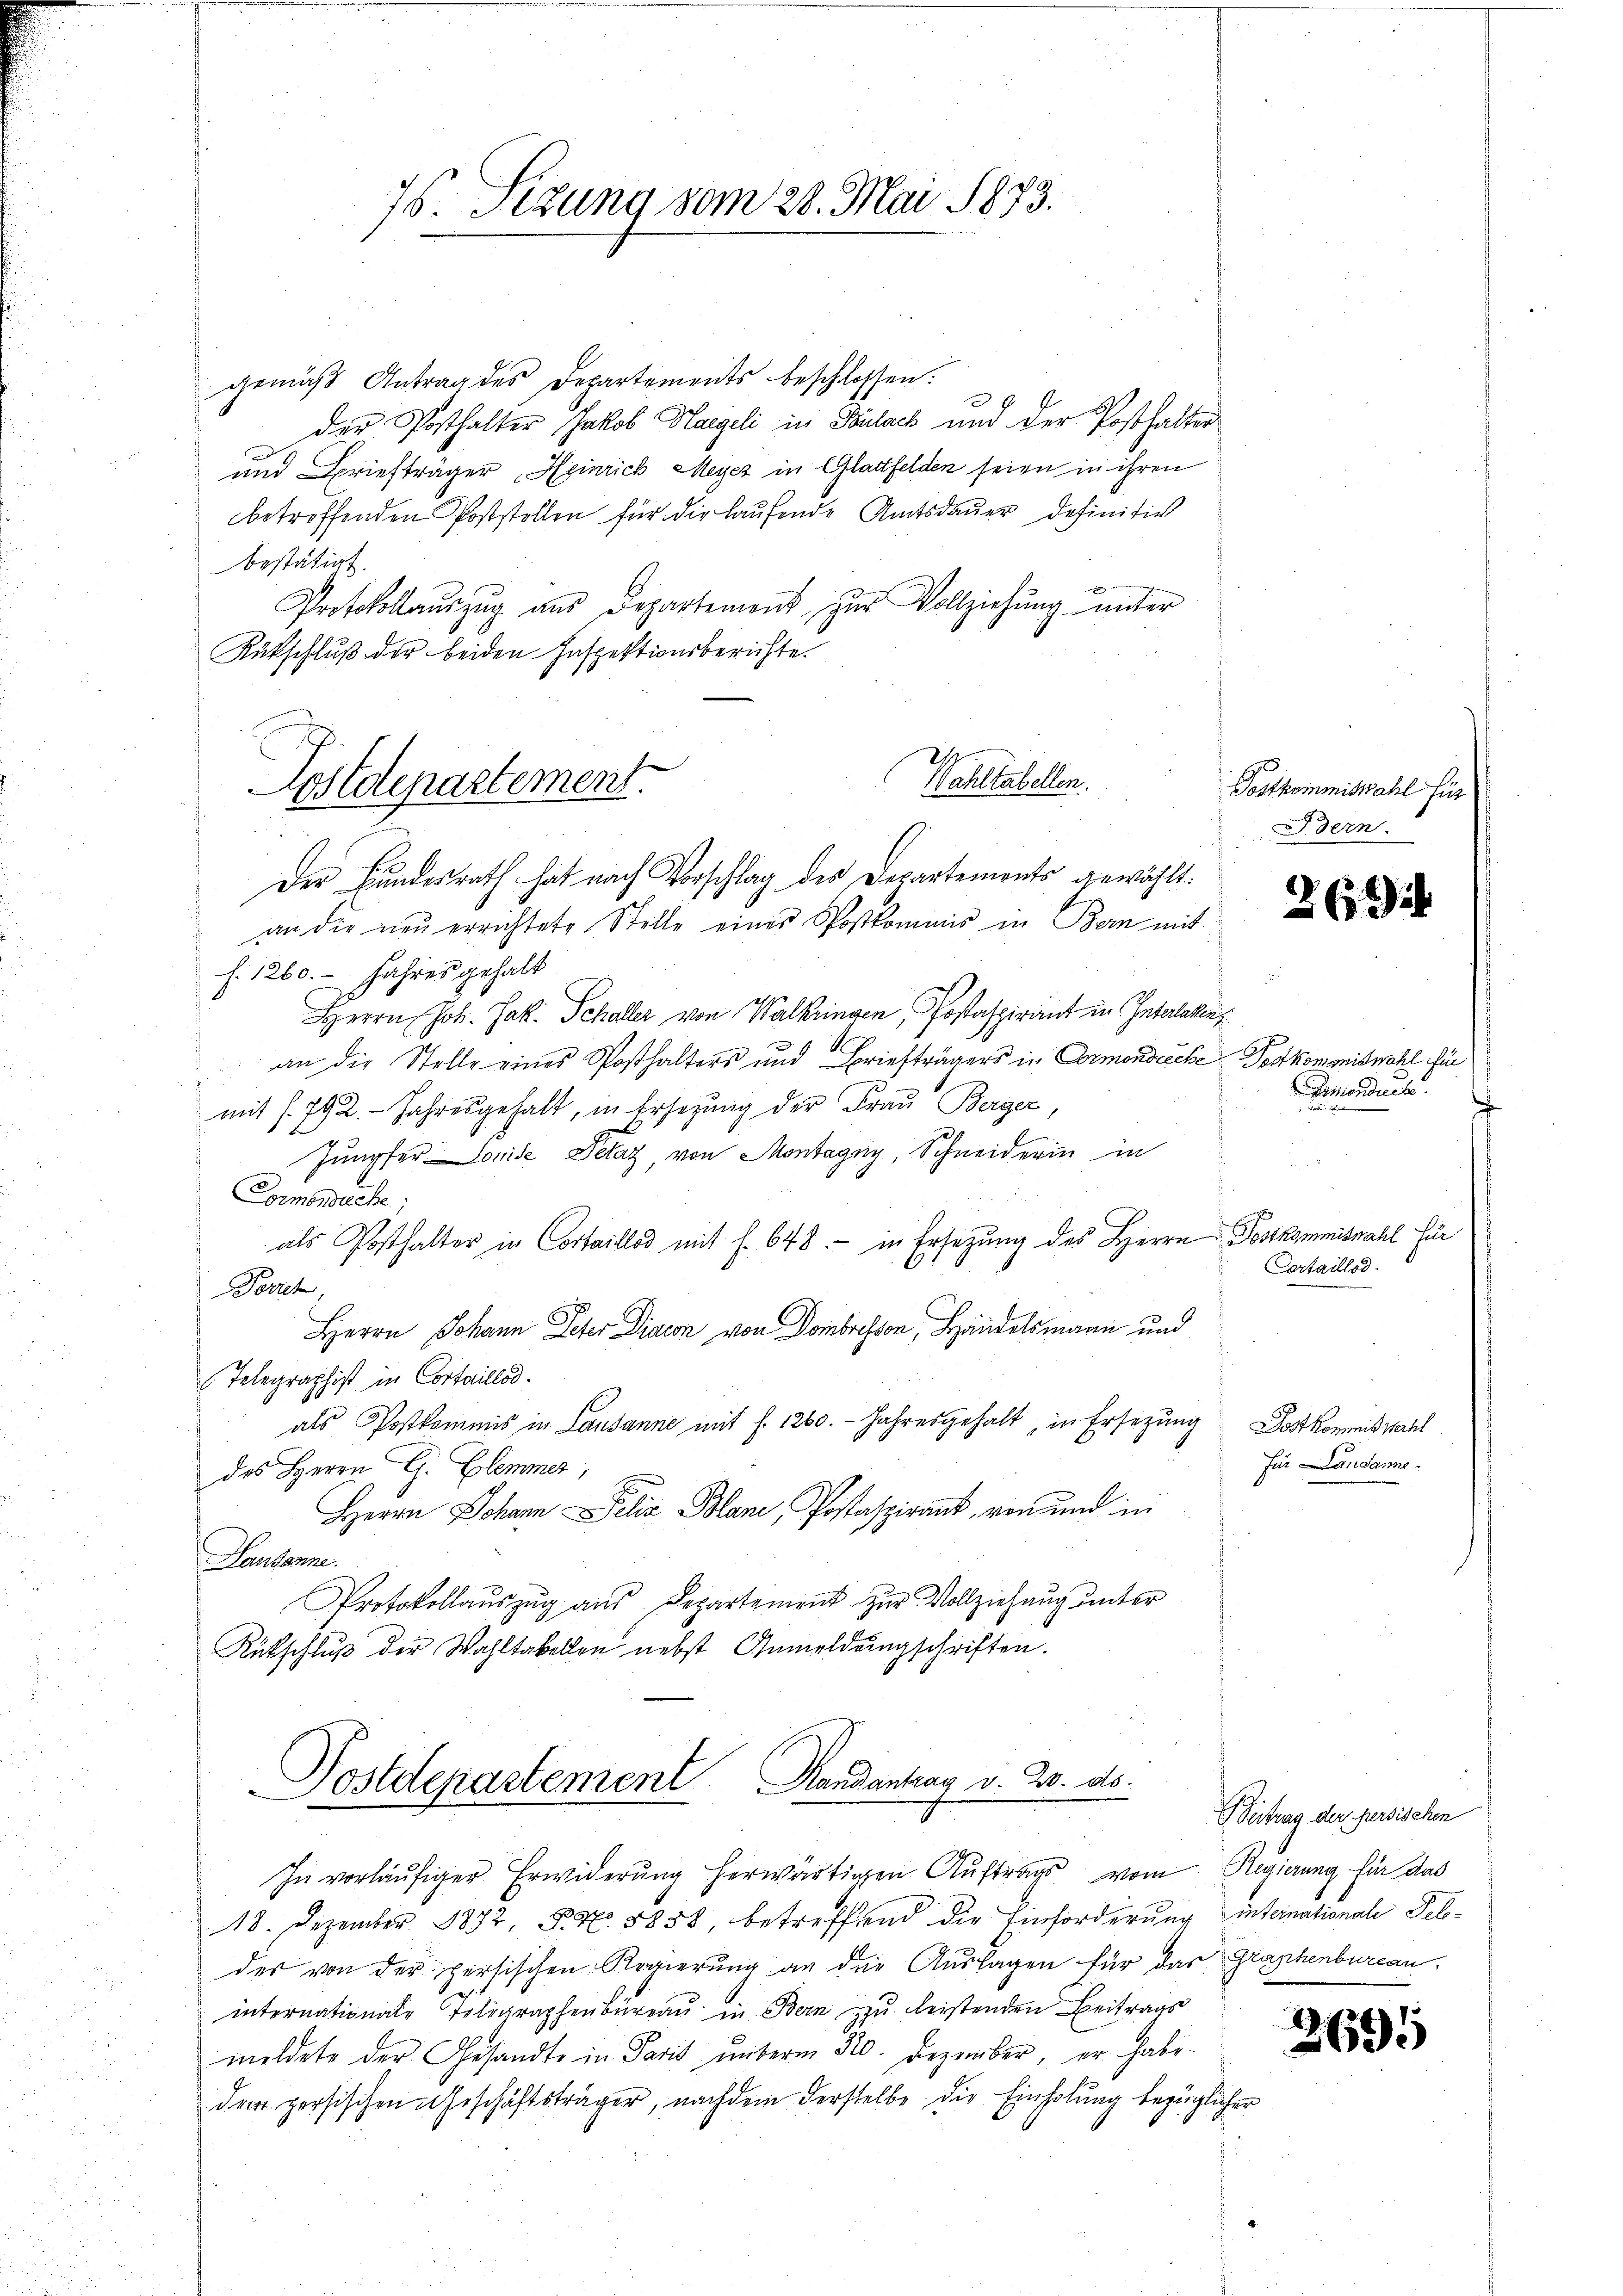
gemäß Antrag des Departements beschlossen:
Der Posthalter Jakob Hageli in Parlack und der Posthalter
und Briefträger Heinrich Meyer in Glattfelden seien in ihren
betreffenden Poststellen für die laufende Amtsdauer definitiv
bestätigt.
Protokollaŭszŭg aŭs Departement zŭr Vollziehŭng ŭnter
Rütschluß der beiden Inspektionsberichte.
an die neu errichtete Stelle eines Postkommnis in Bern mit
f. 1260. - Jahres gehalt
Herrn Joh. Jak. Schaller von Walkringen Postaspirant in Intalakte
an die Stelle eines Posthalters und Briefträgers in Ormondreche Postkommiswahl für
mit s. 792. Jahresgehalt, in Ersezung der Fraŭ Berger
Jungfer Solide Pelaz, von Montagny, Schneiderin in
Comansuche;
als Posthalter in Cortaillod mit f. 648. - in Ersezung des Herrn Postkommiswahl für
Posch,
Herrn Johann Peter Diacon von Dombressen, Handelsmann und
Telegraphist in Cortaillod.
als Postkommis in Lausanne mit f. 1260. Jahresgehalt, in Ersezung
des Herrn G. Blemmer,
Herrn Johann Pelia Blan, Postaspirant, von und in
Lausanne.
Protokollauszug aus Departement zur Vollziehung unter
Rückschluß der Wahltabellen nebst Anmeldungschriften.
Postdepartement Handantrag v. 20. ds.
In vorläufiger Erwiderung herwärtigen Auftrags vom Regierung für das
18. Dezember 1872, P. Nr. 8858, betreffend die Einforderung inteinationale Peloder von der persischen Regierung an die Auslagen für das Glashenbureau
internationale Telegraphenbureau in Bern zu leistenden Beitrags
meldete der Gesandte in Paris unterm 30. Dezember, er habe.
der persischen Geschäftsträger, nachdem derselbe die Einholung bezüglicher

76. Sizung vom 28. Mai 1873.

Nahltabellen.
Postdepartement.
Der Bundesrath hat nach Vorschlag des Departements gewählt:

Postkommiswahl für
Bern.

269

Periondierte.
F

Certaillod

Jost kommnis zahl
für Landamne

Beitrag der persischen

2695